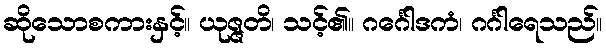
ဆိုသောစကားနှင့်။ ယုဇ္ဇတိ၊ သင့်၏။ ဂင်္ဂေါဒကံ၊ ဂင်္ဂါရေသည်။